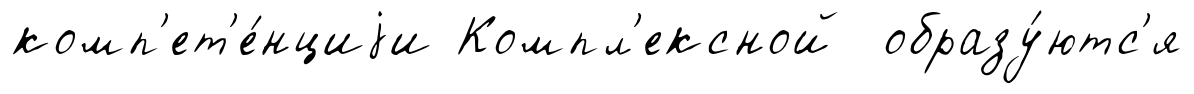
комп'ет'е́нциjи Компл'ексной образу́ютс'я